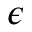
\epsilon